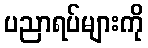
ပညာရပ်များကို